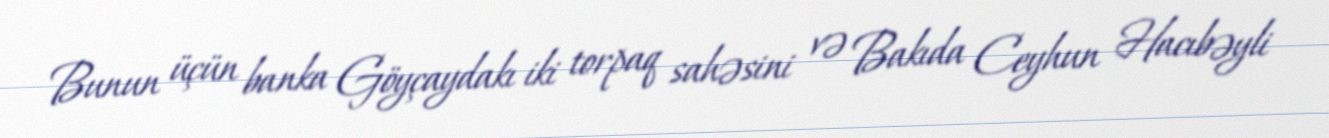
Bunun üçün banka Göyçaydakı iki torpaq sahəsini və Bakıda Ceyhun Hacıbəyli